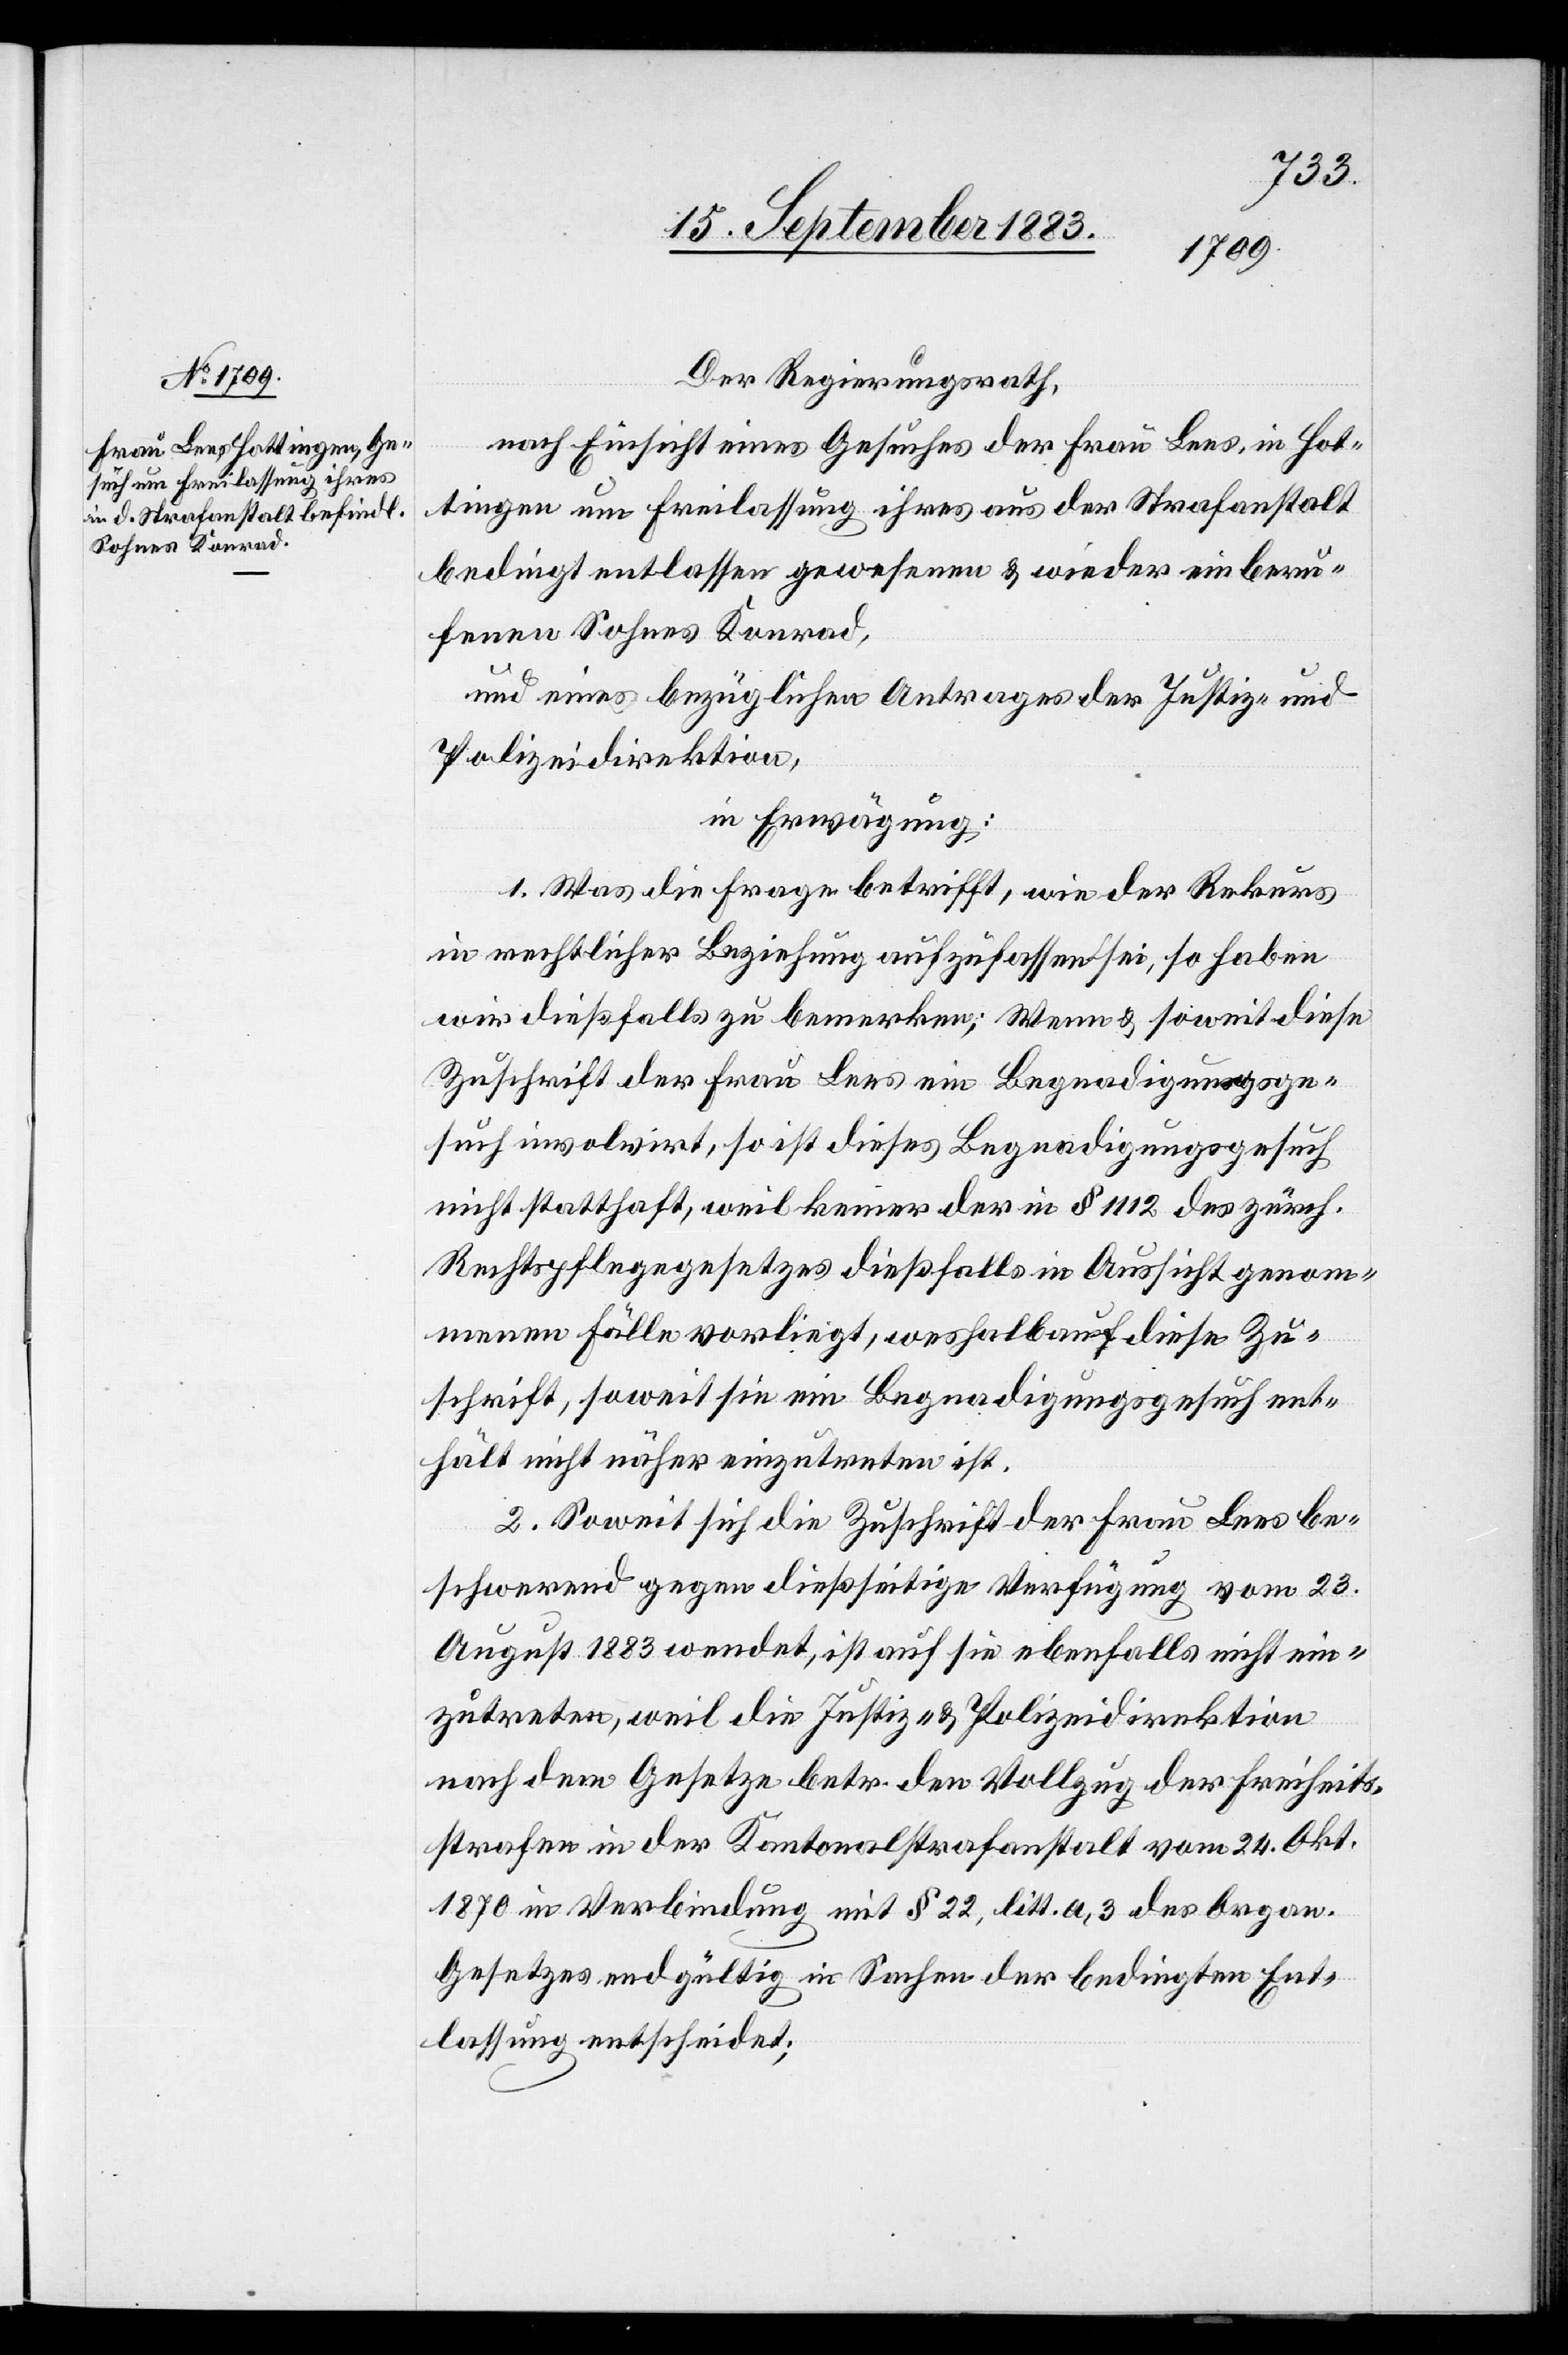
Der Regierungsrath,
nach Einsicht eines Gesuches der Frau Lees, in Hot¬
tingen um Freilassung ihres aus der Strafanstalt
bedingt entlassen gewesenen & wieder einberu¬
fenen Sohnes Konrad,
und eines bezüglichen Antrages der Justiz- &
Polizeidirektion,
in Erwägung:
1. Was die Frage betrifft, wie der Rekurs
in rechtlicher Beziehung aufzufassen sei, so haben
wir dießfalls zu bemerken; Wenn & soweit diese
Zuschrift der Frau Lees ein Begnadigungsge¬
such involvirt, so ist dieses Begnadigungsgesuch
nicht statthaft, weil keiner der in § 1112 des zürch.
Rechtspflegegesetzes dießfalls in Aussicht genom¬
menen Fälle vorliegt, weshalb auf diese Zu¬
schrift, soweit sie ein Begnadigungsgesuch ent¬
hält nicht näher einzutreten ist.
2. Soweit sich die Zuschrift der Frau Lees be¬
schwerend gegen dießseitige Verfügung vom 23.
August 1883 wendet, ist auf sie ebenfalls nicht ein¬
zutreten, weil die Justiz- & Polizeidirektion
nach dem Gesetze betr. den Vollzug der Freiheits¬
strafen in der Kantonalstrafanstalt vom 24. Okt.
1870 in Verbindung mit § 22, litt. a, 3 des Organ.
Gesetzes endgültig in Sachen der bedingten Ent¬
lassung entscheidet;